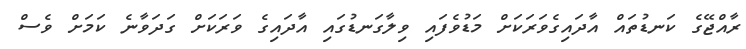
ރާއްޖޭގެ ކަނޑުތައް އާދައިގެވަރަކަށް މަޑުވެފައި ވިލާގަނޑުގައި އާދައިގެ ވަރަކަށް ގަދަވާނެ ކަމަށް ވެސް